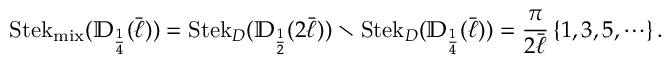
\operatorname { S t e k } _ { \operatorname { m i x } } ( { \mathbb { D } } _ { \scriptscriptstyle { \frac { 1 } { 4 } } } ( \bar { \ell } ) ) = \operatorname { S t e k } _ { D } ( { \mathbb { D } } _ { \scriptscriptstyle { \frac { 1 } { 2 } } } ( 2 \bar { \ell } ) ) \setminus \operatorname { S t e k } _ { D } ( { \mathbb { D } } _ { \scriptscriptstyle { \frac { 1 } { 4 } } } ( \bar { \ell } ) ) = \frac { \pi } { 2 \bar { \ell } } \left\{ 1 , 3 , 5 , \cdots \right\} .